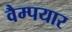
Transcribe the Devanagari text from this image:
वैम्पयार